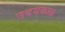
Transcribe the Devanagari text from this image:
उदयकाळ